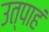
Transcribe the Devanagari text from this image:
उत्पाहं